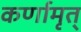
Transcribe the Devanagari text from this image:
कर्णामृत्